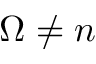
\Omega \neq n